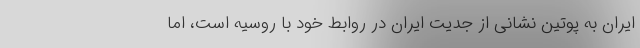
ایران به پوتین نشانی از جدیت ایران در روابط خود با روسیه است، اما